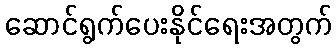
ဆောင်ရွက်ပေးနိုင်ရေးအတွက်